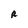
Character: R